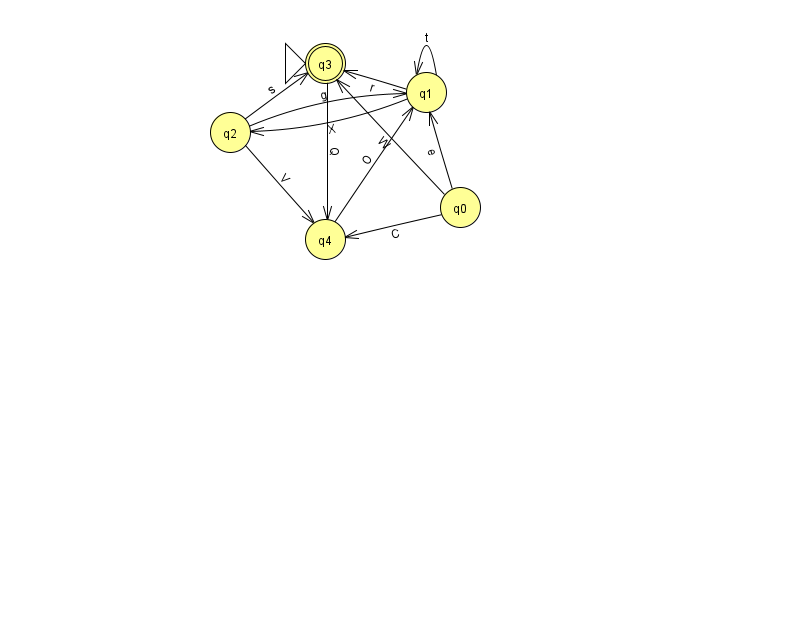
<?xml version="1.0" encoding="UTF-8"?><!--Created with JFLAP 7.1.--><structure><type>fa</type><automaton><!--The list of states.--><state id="0" name="q0"><x>460.0</x><y>194.0</y></state><state id="1" name="q1"><x>426.0</x><y>79.0</y></state><state id="2" name="q2"><x>230.0</x><y>119.0</y></state><state id="3" name="q3"><x>325.0</x><y>50.0</y><initial/><final/></state><state id="4" name="q4"><x>325.0</x><y>226.0</y></state><!--The list of transitions.--><transition><from>2</from><to>1</to><read>g</read></transition><transition><from>1</from><to>3</to><read>r</read></transition><transition><from>4</from><to>1</to><read>O</read></transition><transition><from>1</from><to>1</to><read>t</read></transition><transition><from>2</from><to>3</to><read>s</read></transition><transition><from>0</from><to>3</to><read>W</read></transition><transition><from>0</from><to>1</to><read>e</read></transition><transition><from>0</from><to>4</to><read>C</read></transition><transition><from>2</from><to>4</to><read>V</read></transition><transition><from>3</from><to>4</to><read>Q</read></transition><transition><from>1</from><to>2</to><read>X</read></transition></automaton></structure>